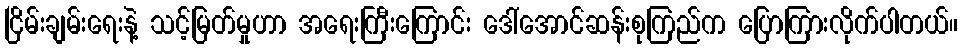
ငြိမ်းချမ်းရေးနဲ့ သင့်မြတ်မှုဟာ အရေးကြီးကြောင်း ဒေါ်အောင်ဆန်းစုကြည်က ပြောကြားလိုက်ပါတယ်။